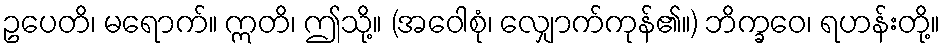
ဥပေတိ၊ မရောက်။ ဣတိ၊ ဤသို့။ (အဝေါစုံ၊ လျှောက်ကုန်၏။) ဘိက္ခဝေ၊ ရဟန်းတို့။